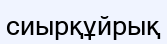
сиырқұйрық